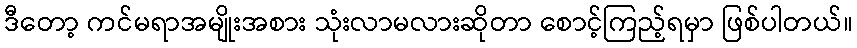
ဒီတော့ ကင်မရာအမျိုးအစား သုံးလာမလားဆိုတာ စောင့်ကြည့်ရမှာ ဖြစ်ပါတယ်။